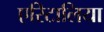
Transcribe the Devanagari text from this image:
एरिटालिया